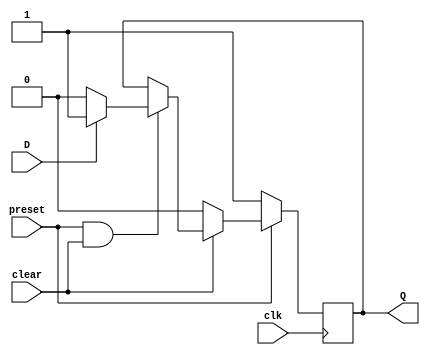
module D_FF(
    input preset,clear,clk,D,
    output reg Q
);
always @(negedge clk) begin
    if(preset==0)
    begin
       Q<=1;
   end
   else if(clear==0)
   begin
     Q<=0;
   end
   else if(preset==1 & clear==1)
    begin
     if(D==0)
   begin
       Q<=0;
   end
   else if( D==1)
   begin
       Q<=1;
   end
  
   end
  
  

end
endmodule

module testbench();
reg clk,ORI;
wire D0,D1,D2,D3,Q0,Q1,Q2,Q3,preset,clear;

assign preset =1;
assign clear=1;
assign D3=Q0^Q1;
assign D2=Q3;
assign D1=Q2;
assign D0=Q1;


D_FF  f3(preset,ORI,clk,D3,Q3);
D_FF  f2(preset,ORI,clk,D2,Q2);
D_FF  f1(preset,ORI,clk,D1,Q1);
D_FF  f0(ORI,clear,clk,D0,Q0);


initial begin
$monitor("Q3=%b Q2=%b Q1=%b Q0=%b ",Q3,Q2,Q1,Q0); 
$dumpfile("amrita.vcd");
$dumpvars(0,testbench);
 
 
 clk=0;ORI=0;#1;
 clk=1;ORI=0;#1;
 clk=0;ORI=0;#1;
 clk=1;ORI=1;#1;
 clk=0;ORI=1;#1;
 clk=1;ORI=1;#1;
 clk=0;ORI=1;#1;
 clk=1;ORI=1;#1;
 clk=0;ORI=1;#1;
 clk=1;ORI=1;#1;
 clk=0;ORI=1;#1;
 clk=1;ORI=1;#1;
 clk=0;ORI=1;#1;
 clk=1;ORI=1;#1;
 clk=0;ORI=1;#1;
 clk=1;ORI=1;#1;
 clk=0;ORI=1;#1;
 clk=1;ORI=1;#1;
 clk=0;ORI=1;#1;
 clk=1;ORI=1;#1;
 clk=0;ORI=1;#1;
 clk=1;ORI=1;#1;
 clk=0;ORI=1;#1;
 clk=1;ORI=1;#1;
 clk=0;ORI=1;#1;
 clk=1;ORI=1;#1;
 clk=0;ORI=1;#1;
 clk=1;ORI=1;#1;
 clk=0;ORI=1;#1;
 clk=1;ORI=1;#1;
 clk=0;ORI=1;#1;
 clk=1;ORI=1;#1;
 clk=0;ORI=1;#1;
 

 


$finish;
end
endmodule